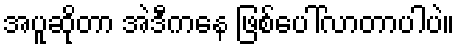
အပူဆိုတာ အဲဒီကနေ ဖြစ်ပေါ်လာတာပါပဲ။